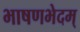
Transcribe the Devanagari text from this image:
भाषणभेदम्